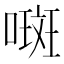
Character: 𫫨